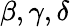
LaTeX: \beta,\gamma,\delta